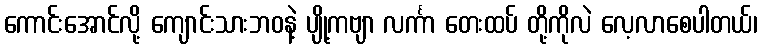
ကောင်းအောင်လို့ ကျောင်းသားဘဝနဲ့ ပျို့ကဗျာ လင်္ကာ တေးထပ် တို့ကိုလဲ လေ့လာစေပါတယ်၊